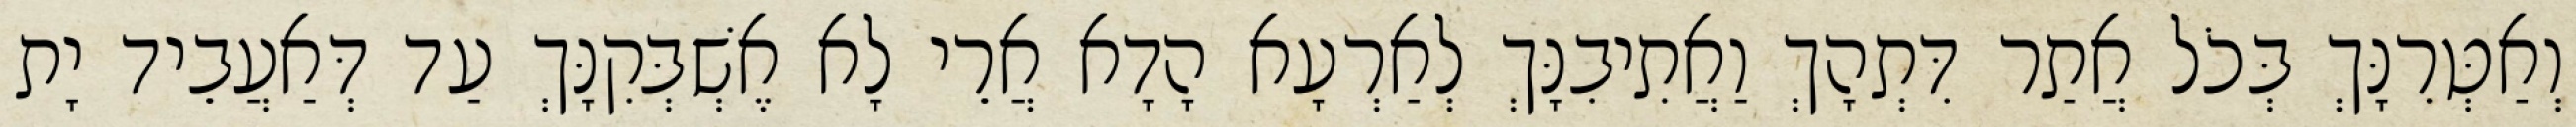
וְאַטְּרִנָּךְ בְּכֹל אֲתַר דִּתְהָךְ וַאֲתִיבִנָּךְ לְאַרְעָא הָדָא אֲרֵי לָא אֶשְׁבְּקִנָּךְ עַד דְּאַעֲבֵיד יָת